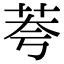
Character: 荂